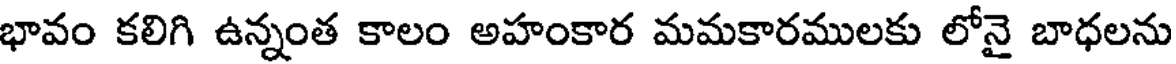
భావం కలిగి ఉన్నంత కాలం అహంకార మమకారములకు లోనై బాధలను